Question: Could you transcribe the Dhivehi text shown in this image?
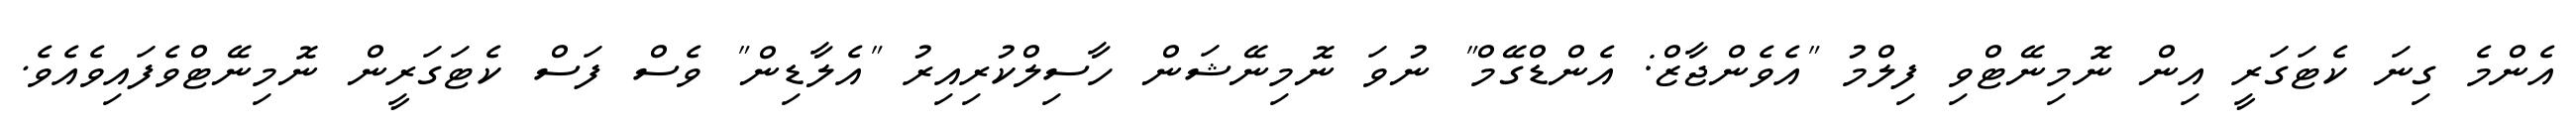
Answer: އެންމެ ގިނަ ކެޓަގަރީ އިން ނޮމިނޭޓްވި ފިލްމު "އެވެންޖާޒް: އެންޑްގޭމް" ނުވަ ނޮމިނޭޝަން ހާސިލްކުރިއިރު "އެލާޑިން" ވެސް ފަސް ކެޓަގަރީން ނޮމިނޭޓްވެފައިވެއެވެ.